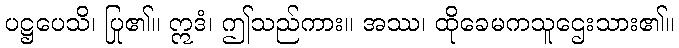
ပဋ္ဌပေသိ၊ ပြု၏။ ဣဒံ၊ ဤသည်ကား။ အဿ၊ ထိုခေမကသူဌေးသား၏။